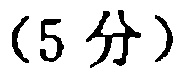
(5 分)